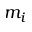
m _ { i }